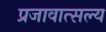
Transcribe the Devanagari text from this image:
प्रजावात्सल्य